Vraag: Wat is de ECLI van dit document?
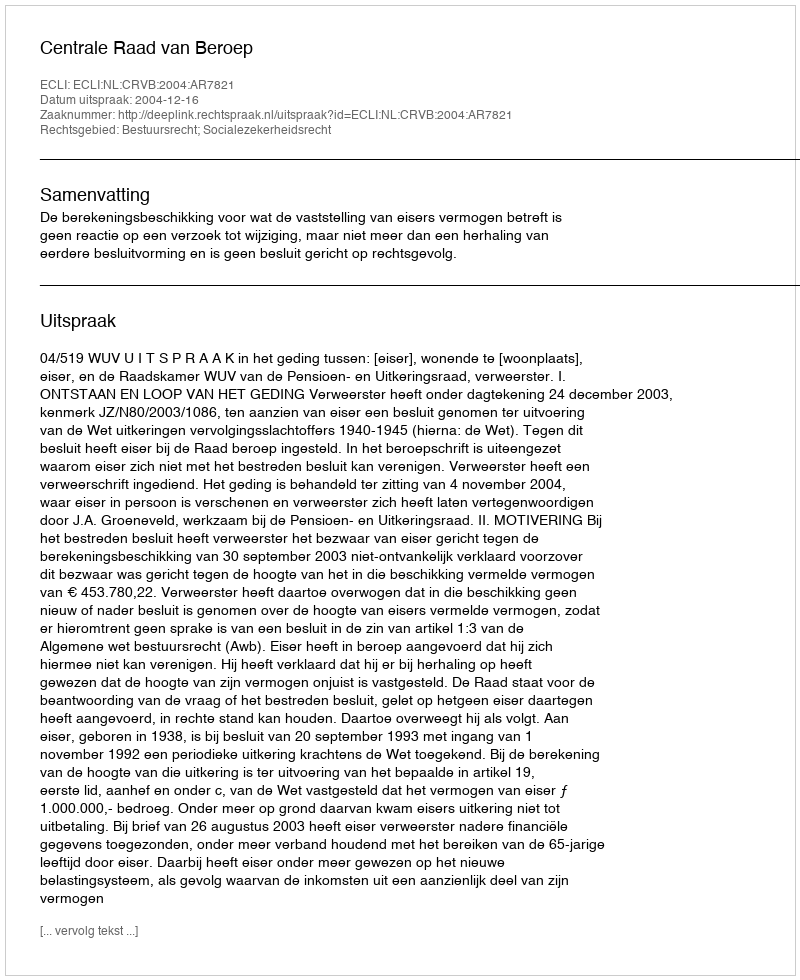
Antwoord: ECLI:NL:CRVB:2004:AR7821